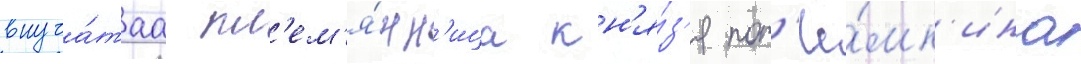
внуча́таа пл'ем'я́нн'ица кн'я́з'я пот'ё́мк'ина